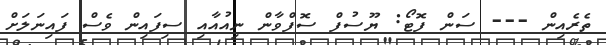
ތެރެއިން --- ސަން ފޮޓޯ: ޔޫސުފް ސޮފްވާން ނިއުއާއި ސިފައިން ވެސް ފައިނަލަށް